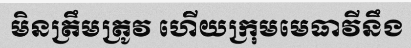
មិនត្រឹមត្រូវ ហើយក្រុមមេធាវីនឹង